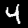
Digit: 4